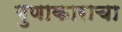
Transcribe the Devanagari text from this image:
गुणाकाराचा